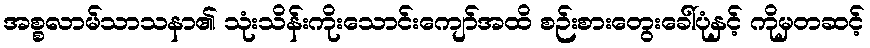
အစ္စလာမ်သာသနာ၏ သုံးသိန်းကိုးသောင်းကျော်အထိ စဉ်းစားတွေးခေါ်ပုံနှင့် ကိုမှတဆင့်